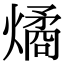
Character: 燏